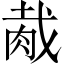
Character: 胾